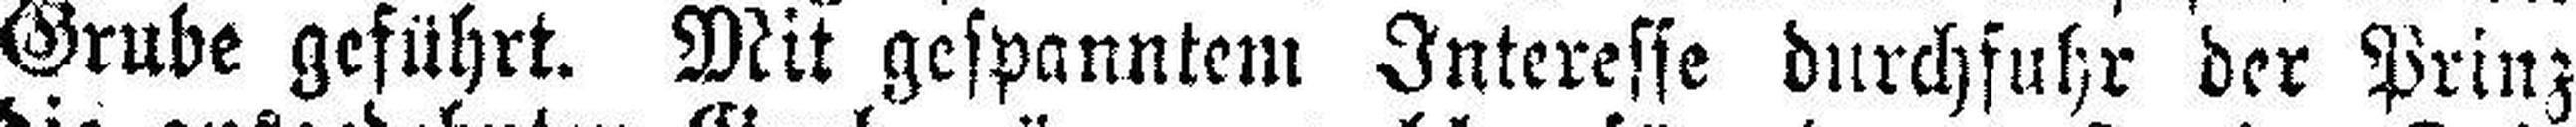
Grube geführt. Mit gespanntem Interesse durchfuhr der Prinz